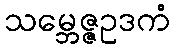
သမ္ဘေဇ္ဇဥဒကံ